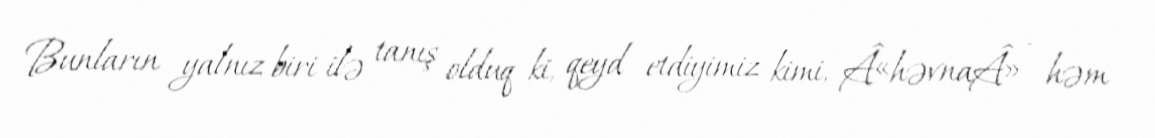
Bunların yalnız biri ilə tanış olduq ki, qeyd etdiyimiz kimi, Â«həvnaÂ» - həm